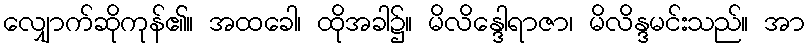
လျှောက်ဆိုကုန်၏။ အထခေါ၊ ထိုအခါ၌။ မိလိန္ဒေါရာဇာ၊ မိလိန္ဒမင်းသည်။ အာ